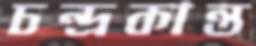
চন্দ্রকান্ত